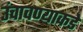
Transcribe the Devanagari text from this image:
उंचावण्याकडे